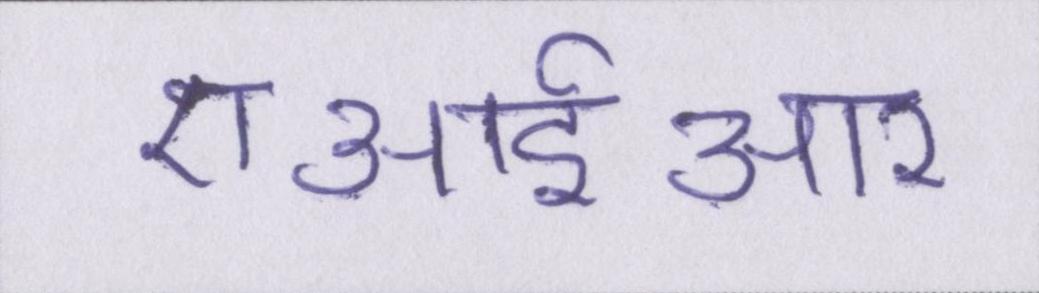
एआईआर